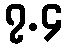
၇.၄